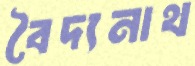
বৈদ্যনাথ